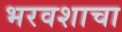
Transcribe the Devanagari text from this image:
भरवशाचा